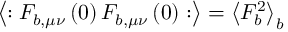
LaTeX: \left\langle : F _ { b , \mu \nu } \left( 0 \right) F _ { b , \mu \nu } \left( 0 \right) : \right\rangle = \left\langle F _ { b } ^ { 2 } \right\rangle _ { b }